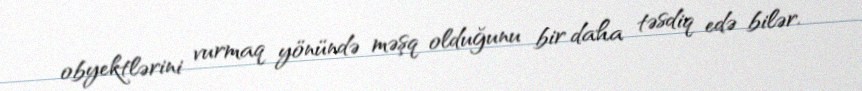
obyektlərini vurmaq yönündə məşq olduğunu bir daha təsdiq edə bilər.